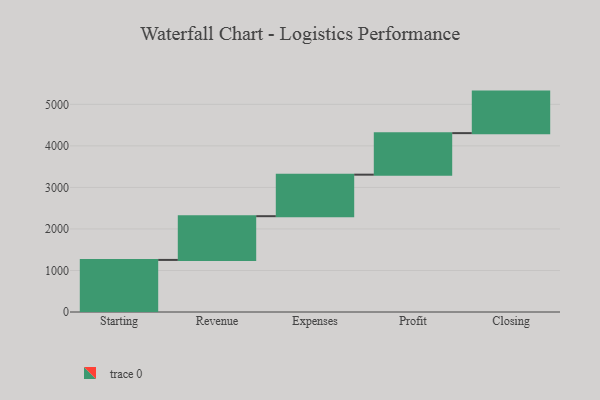
{"axis": {"x": "Step", "y": "Value"}, "legend": [""], "data": [{"x": "Starting", "y": 1254.0, "type": ""}, {"x": "Revenue", "y": 1053.0, "type": ""}, {"x": "Expenses", "y": 1000, "type": ""}, {"x": "Profit", "y": 1000, "type": ""}, {"x": "Closing", "y": 1000, "type": ""}]}